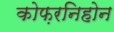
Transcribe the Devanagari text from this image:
कोफ़रनिहोन